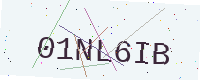
Text: 01NL6IB